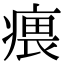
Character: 㾯